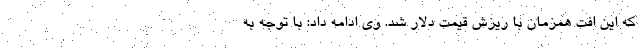
که این افت همزمان با ریزش قیمت دلار شد. وی ادامه داد: با توجه به